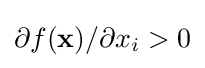
\partial f(\mathbf {x} )/\partial x_{i}>0